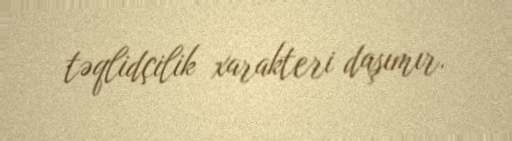
təqlidçilik xarakteri daşımır.